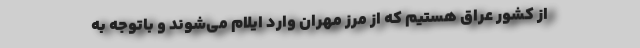
از کشور عراق هستیم که از مرز مهران وارد ایلام می‌شوند و باتوجه به